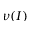
\nu ( I )